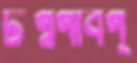
টগ্‌বগাবগ্‌